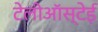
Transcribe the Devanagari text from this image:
टेलीऑस्टेई